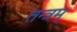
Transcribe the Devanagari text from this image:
तन्त्रम्